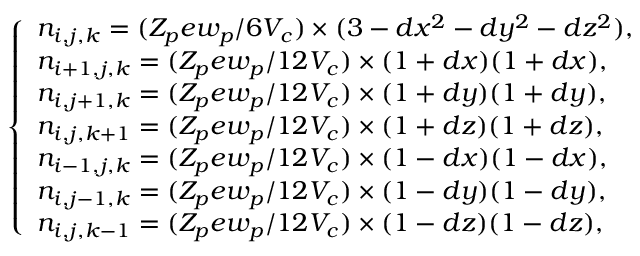
\left\{ \begin{array} { l l } { n _ { i , j , k } = ( Z _ { p } e w _ { p } / 6 V _ { c } ) \times ( 3 - d x ^ { 2 } - d y ^ { 2 } - d z ^ { 2 } ) , } \\ { n _ { i + 1 , j , k } = ( Z _ { p } e w _ { p } / 1 2 V _ { c } ) \times ( 1 + d x ) ( 1 + d x ) , } \\ { n _ { i , j + 1 , k } = ( Z _ { p } e w _ { p } / 1 2 V _ { c } ) \times ( 1 + d y ) ( 1 + d y ) , } \\ { n _ { i , j , k + 1 } = ( Z _ { p } e w _ { p } / 1 2 V _ { c } ) \times ( 1 + d z ) ( 1 + d z ) , } \\ { n _ { i - 1 , j , k } = ( Z _ { p } e w _ { p } / 1 2 V _ { c } ) \times ( 1 - d x ) ( 1 - d x ) , } \\ { n _ { i , j - 1 , k } = ( Z _ { p } e w _ { p } / 1 2 V _ { c } ) \times ( 1 - d y ) ( 1 - d y ) , } \\ { n _ { i , j , k - 1 } = ( Z _ { p } e w _ { p } / 1 2 V _ { c } ) \times ( 1 - d z ) ( 1 - d z ) , } \end{array} \right.